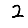
Digit: 2